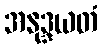
အနုဒ္ဒယတံ